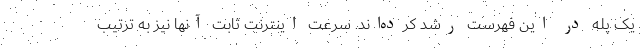
یک پله در این فهرست رشد کرده‌اند. سرعت اینترنت ثابت آنها نیز به ترتیب